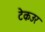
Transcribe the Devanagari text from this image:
टेकउर